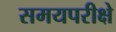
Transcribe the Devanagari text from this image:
समयपरीक्षे